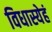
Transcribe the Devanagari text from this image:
विधास्येहं